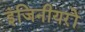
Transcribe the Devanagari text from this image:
इंजिनीयरों